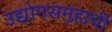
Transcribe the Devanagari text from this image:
उद्योगसमूहाचीं